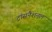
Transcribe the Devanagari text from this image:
ट्रांसनैशनल